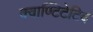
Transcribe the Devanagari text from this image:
क्वाण्टिटेटिव